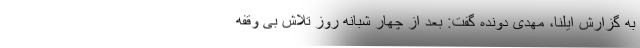
به گزارش ایلنا، مهدی دونده گفت: بعد از چهار شبانه روز تلاش بی وقفه